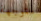
متوجهة